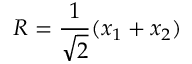
R = \frac { 1 } { \sqrt { 2 } } ( x _ { 1 } + x _ { 2 } )